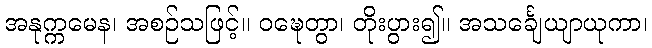
အနုက္ကမေန၊ အစဉ်သဖြင့်။ ဝဍ္ဎေတွာ၊ တိုးပွား၍။ အသင်္ချေယျာယုကာ၊